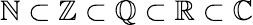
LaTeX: \mathbb{N}\subset\mathbb{Z}\subset\mathbb{Q}\subset\mathbb{R}\subset\mathbb{C}